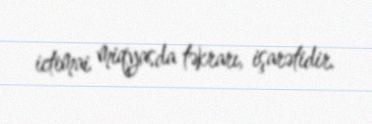
ictimai miqyasda təkrarı, işarətidir.